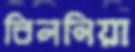
বিলনিয়া